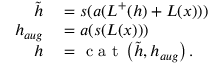
\begin{array} { r l } { \tilde { h } } & { { } = s ( a ( L ^ { + } ( h ) + L ( x ) ) ) } \\ { h _ { a u g } } & { { } = a ( s ( L ( x ) ) ) } \\ { h } & { { } = \mathrm { ~ c ~ a ~ t ~ } \left( \tilde { h } , h _ { a u g } \right) . } \end{array}